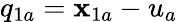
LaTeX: q_{1a}=\mathbf{x}_{1a}-u_{a}